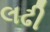
લઢી